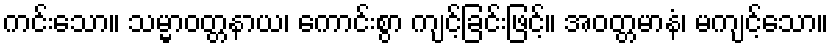
ကင်းသော။ သမ္မာဝတ္တနာယ၊ ကောင်းစွာ ကျင့်ခြင်းဖြင့်။ အဝတ္တမာနံ၊ မကျင့်သော။